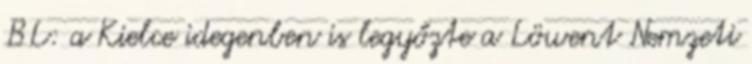
BL: a Kielce idegenben is legyőzte a Löwent Nemzeti